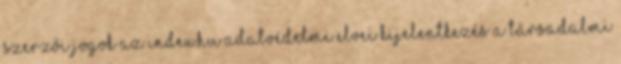
Szerzői jogok Az Index.hu adatvédelmi elvei Kijelentkezés A társadalmi